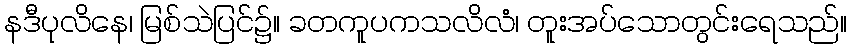
နဒီပုလိနေ၊ မြစ်သဲပြင်၌။ ခတကူပကသလိလံ၊ တူးအပ်သောတွင်းရေသည်။